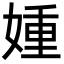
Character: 媑